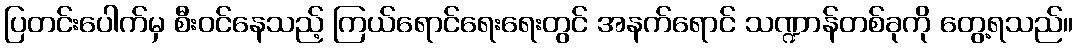
ပြတင်းပေါက်မှ စီးဝင်နေသည့် ကြယ်ရောင်ရေးရေးတွင် အနက်ရောင် သဏ္ဍာန်တစ်ခုကို တွေ့ရသည်။